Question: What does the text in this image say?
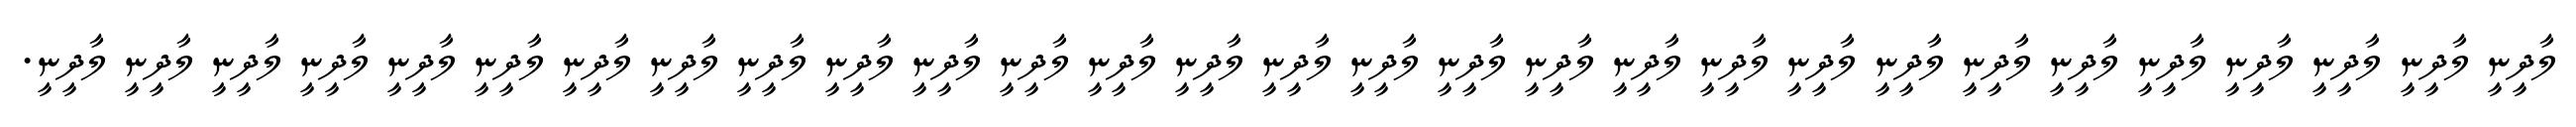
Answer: ލާދީނީ ލާދީނީ ލާދީނީ ލާދީނީ ލާދީނީ ލާދީނީ ލާދީނީ ލާދީނީ ލާދީނީ ލާދީނީ ލާދީނީ ލާދީނީ ލާދީނީ ލާދީނީ ލާދީނީ ލާދީނީ ލާދީނީ ލާދީނީ ލާދީނީ ލާދީނީ ލާދީނީ ލާދީނީ ލާދީނީ ލާދީނީ ލާދީނީ ލާދީނީ ލާދީނީ ލާދީނީ ލާދީނީ.